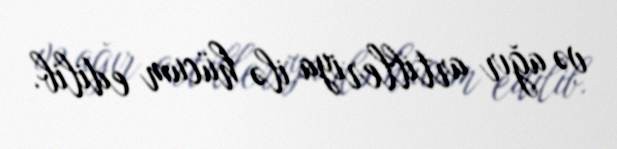
və ağır artilleriya ilə hücum edilib.